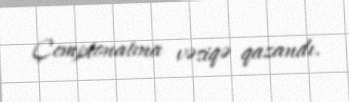
Çempionatına vəsiqə qazandı.